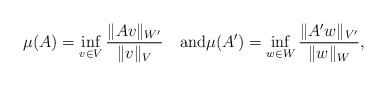
LaTeX: \begin{align*} \mu(A) =\inf_{v\in V} \frac{\|Av\|_{W'}}{\|{v}\|_{{V}}}\quad\mbox{and} \mu(A') =\inf_{w\in W} \frac{\|A'w\|_{V'}}{\|{w}\|_{{W}}}, \end{align*}